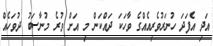
އަދި އެފަދަ ހުނަރުވެރިއެއްގެ ވާހަކަ ދައްކަން މި އަށް ވުރެ މުނާސަބު ދުވަހެއް